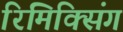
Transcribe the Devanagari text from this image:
रिमिक्सिंग